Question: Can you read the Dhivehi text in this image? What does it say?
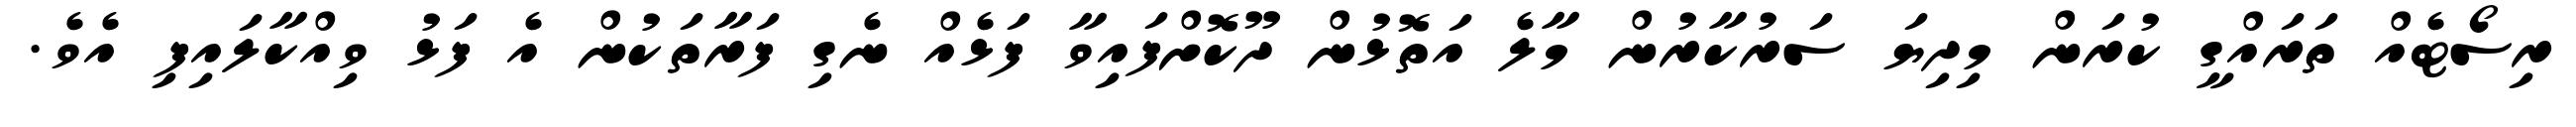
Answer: ރިސޯޓެއް ތަރައްގީ ކުރަން މިދިޔަ ސަރުކާރުން މާލެ އަތޮޅުން ދޫކޮށްފައިވާ ފަޅެއް ނެގި ފަރާތަކުން އެ ފަޅު ވިއްކާލައިފި އެވެ.